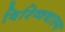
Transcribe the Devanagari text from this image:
विश्व्विद्याल्य